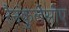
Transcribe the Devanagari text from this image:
रैनंकुलेसीए